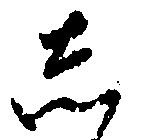
し